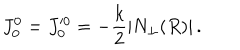
LaTeX: J _ { 0 } ^ { 0 } = J _ { 0 } ^ { \prime 0 } = - \frac { k } { 2 } \left| N _ { \perp } ( R ) \right| .